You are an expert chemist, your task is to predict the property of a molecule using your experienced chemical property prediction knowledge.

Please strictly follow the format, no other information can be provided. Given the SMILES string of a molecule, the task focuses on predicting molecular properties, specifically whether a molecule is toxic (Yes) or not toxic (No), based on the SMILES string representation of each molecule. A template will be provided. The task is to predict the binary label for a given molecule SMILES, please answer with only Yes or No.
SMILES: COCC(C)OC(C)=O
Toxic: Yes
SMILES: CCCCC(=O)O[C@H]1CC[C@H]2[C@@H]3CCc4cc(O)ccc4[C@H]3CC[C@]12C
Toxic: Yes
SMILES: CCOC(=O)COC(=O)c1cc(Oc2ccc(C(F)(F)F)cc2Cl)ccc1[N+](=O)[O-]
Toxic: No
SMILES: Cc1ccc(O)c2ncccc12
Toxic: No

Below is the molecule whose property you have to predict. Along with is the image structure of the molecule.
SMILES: Cc1nc(NS(=O)(=O)c2ccc(N)cc2)nc(C)c1Br
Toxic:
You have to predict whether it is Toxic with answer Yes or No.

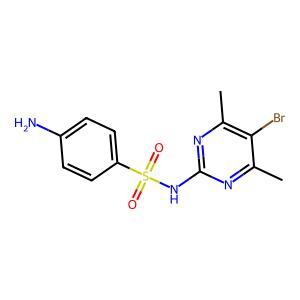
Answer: No